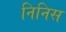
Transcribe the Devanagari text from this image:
निनिस